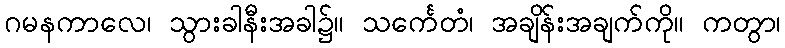
ဂမနကာလေ၊ သွားခါနီးအခါ၌။ သင်္ကေတံ၊ အချိန်းအချက်ကို။ ကတွာ၊